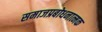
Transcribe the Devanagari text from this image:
समाजप्रबोधनात्मक